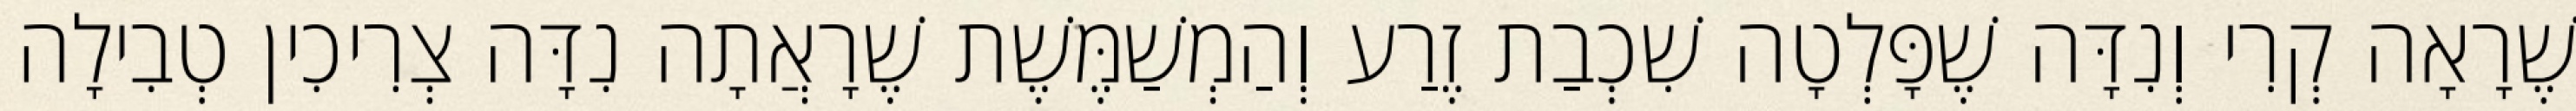
שֶׁרָאָה קְרִי וְנִדָּה שֶׁפָּלְטָה שִׁכְבַת זֶרַע וְהַמְשַׁמֶּשֶׁת שֶׁרָאֲתָה נִדָּה צְרִיכִין טְבִילָה